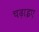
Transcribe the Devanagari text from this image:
चढ़ाइए